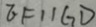
E F / / G D